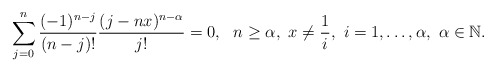
\begin{align*}\sum_{j=0}^{n}\frac{(-1)^{n-j}}{(n-j)!}\frac{(j-nx)^{n-\alpha}}{j!}=0,~~n\geq \alpha,~x\neq \frac{1}{i}, ~i=1,\ldots,\alpha,~\alpha\in\mathbb{N}.\end{align*}